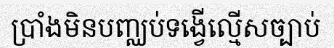
ប្រាំងមិនបញ្ឈប់ទង្វើល្មើសច្បាប់